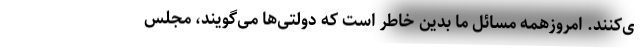
ی‌کنند. امروزهمه مسائل ما بدین خاطر است که دولتی‌ها می‌گویند، مجلس